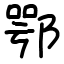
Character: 鄂